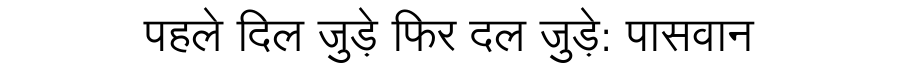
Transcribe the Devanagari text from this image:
पहले दिल जुड़े फिर दल जुड़े: पासवान